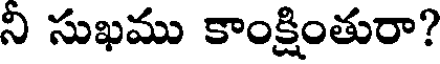
ని సుఖము కాంక్షింతురా?